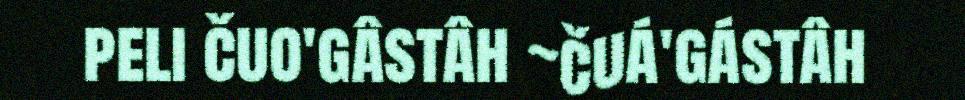
peli čuo'gâstâh ~čuá'gástâh